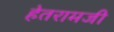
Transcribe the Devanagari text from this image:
हेतरामजी